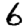
Digit: 6